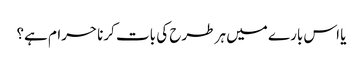
یا اس بارے میں ہر طرح کی بات کرنا حرام ہے؟